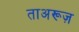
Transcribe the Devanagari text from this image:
ताअरूज़